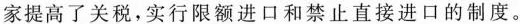
家提高了关税，实行限额进口和禁止直接进口的制度。